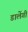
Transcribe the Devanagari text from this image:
डालेंगी